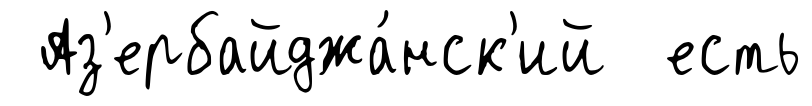
Аз'ербайджа́нск'ий есть